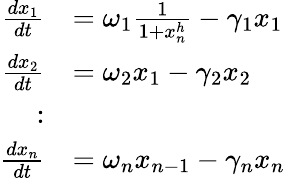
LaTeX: \begin{array}{rl}{\frac{dx_{1}}{dt}}&{=\omega_{1}\frac{1}{1+x_{n}^{h}}-\gamma_{1}x_{1}}\\ {\frac{dx_{2}}{dt}}&{=\omega_{2}x_{1}-\gamma_{2}x_{2}}\\ {:}&{}\\ {\frac{dx_{n}}{dt}}&{=\omega_{n}x_{n-1}-\gamma_{n}x_{n}}\end{array}